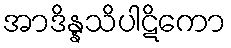
အာဒိန္နသိပါဋိကော